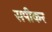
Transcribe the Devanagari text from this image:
सपीकर